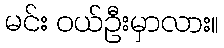
မင်း ဝယ်ဦးမှာလား။